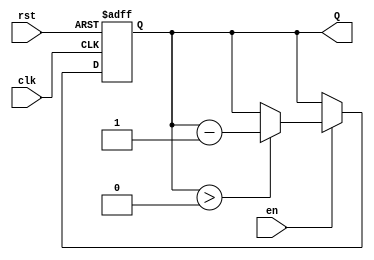
module binary_down_counter (
    input wire clk,        // Clock signal
    input wire rst,        // Asynchronous reset signal
    input wire en,         // Counter enable signal
    output reg [3:0] Q     // 4-bit output for count value (modify width as necessary)
);

// Maximum count value (for a 4-bit counter, it's 15)
parameter MAX_COUNT = 4'b1111;

// Always block triggered on the rising edge of the clock
always @(posedge clk or posedge rst) begin
    if (rst) begin
        // Asynchronous reset
        Q <= MAX_COUNT;   // Set counter to maximum value
    end else if (en) begin
        // If enable is high, decrement the counter
        if (Q > 0) begin
            Q <= Q - 1;   // Decrement the counter
        end
        // If Q is 0, it will stay at 0 when en is high
    end
    // If en is low, the counter holds its value (no action needed)
end

endmodule